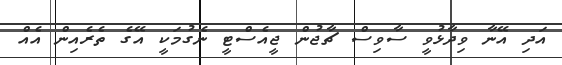
އަދި އޭނާ ވިދާޅުވީ ސާވިސް ޗާޖުން ޖީއެސްޓީ ނެގުމަކީ އޭގެ ތެރެއިން އެއް